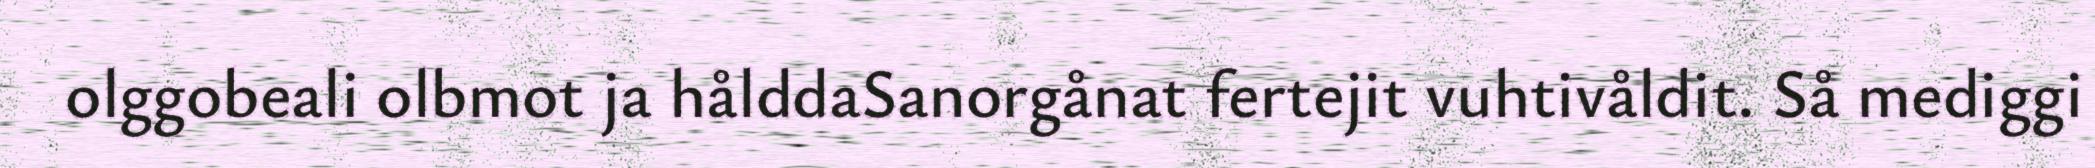
olggobeali olbmot ja hålddaSanorgånat fertejit vuhtivåldit. Så mediggi